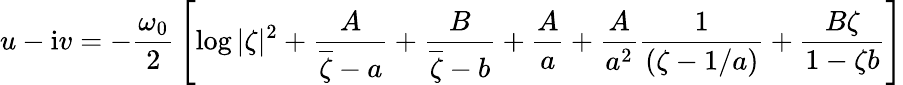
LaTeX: u-\mathrm{i}v=-{\frac{\omega_{0}}{2}}\left[\log|\zeta|^{2}+{\frac{A}{\overline{{\zeta}}-a}}+{\frac{B}{\overline{{\zeta}}-b}}+{\frac{A}{a}}+{\frac{A}{a^{2}}}{\frac{1}{(\zeta-1/a)}}+{\frac{B\zeta}{1-\zeta b}}\right]